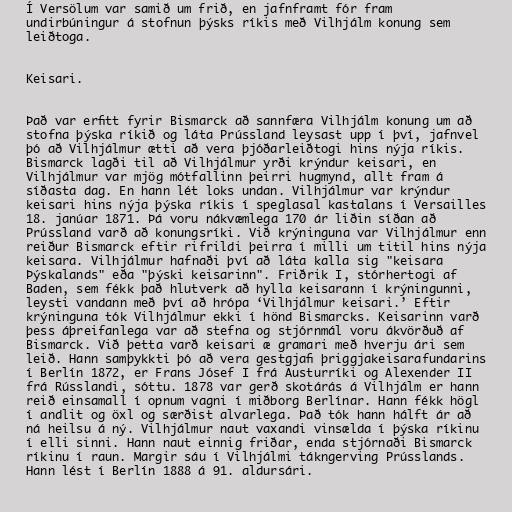
Í Versölum var samið um frið, en jafnframt fór fram
undirbúningur á stofnun þýsks ríkis með Vilhjálm konung sem
leiðtoga.

Keisari.

Það var erfitt fyrir Bismarck að sannfæra Vilhjálm konung um að
stofna þýska ríkið og láta Prússland leysast upp í því, jafnvel
þó að Vilhjálmur ætti að vera þjóðarleiðtogi hins nýja ríkis.
Bismarck lagði til að Vilhjálmur yrði krýndur keisari, en
Vilhjálmur var mjög mótfallinn þeirri hugmynd, allt fram á
síðasta dag. En hann lét loks undan. Vilhjálmur var krýndur
keisari hins nýja þýska ríkis í speglasal kastalans í Versailles
18. janúar 1871. Þá voru nákvæmlega 170 ár liðin síðan að
Prússland varð að konungsríki. Við krýninguna var Vilhjálmur enn
reiður Bismarck eftir rifrildi þeirra í milli um titil hins nýja
keisara. Vilhjálmur hafnaði því að láta kalla sig "keisara
Þýskalands" eða "þýski keisarinn". Friðrik I, stórhertogi af
Baden, sem fékk það hlutverk að hylla keisarann í krýningunni,
leysti vandann með því að hrópa ‘Vilhjálmur keisari.’ Eftir
krýninguna tók Vilhjálmur ekki í hönd Bismarcks. Keisarinn varð
þess áþreifanlega var að stefna og stjórnmál voru ákvörðuð af
Bismarck. Við þetta varð keisari æ gramari með hverju ári sem
leið. Hann samþykkti þó að vera gestgjafi þriggjakeisarafundarins
í Berlín 1872, er Frans Jósef I frá Austurríki og Alexender II
frá Rússlandi, sóttu. 1878 var gerð skotárás á Vilhjálm er hann
reið einsamall í opnum vagni í miðborg Berlínar. Hann fékk högl
í andlit og öxl og særðist alvarlega. Það tók hann hálft ár að
ná heilsu á ný. Vilhjálmur naut vaxandi vinsælda í þýska ríkinu
í elli sinni. Hann naut einnig friðar, enda stjórnaði Bismarck
ríkinu í raun. Margir sáu í Vilhjálmi tákngerving Prússlands.
Hann lést í Berlín 1888 á 91. aldursári.